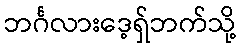
ဘင်္ဂလားဒေ့ရှ်ဘက်သို့